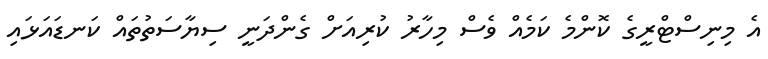
އެ މިނިސްޓްރީގެ ކޮންމެ ކަމެއް ވެސް މިހާރު ކުރިއަށް ގެންދަނީ ސިޔާސަތުތައް ކަނޑައަޅައި